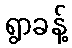
ရွာခန့်